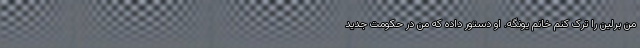
من برلین را ترک کنم خانم یونگه. او دستور داده که من در حکومت جدید